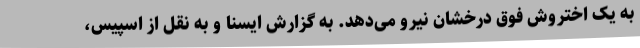
به یک اختروش فوق درخشان نیرو می‌دهد. به گزارش ایسنا و به نقل از اسپیس،